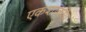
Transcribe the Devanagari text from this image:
एकशाकीय